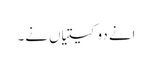
اِنے دو کیتیاں نے۔